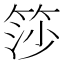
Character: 𬕍